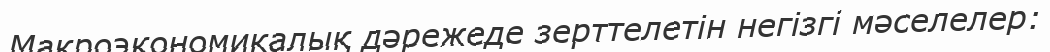
Макроэкономикалық дәрежеде зерттелетін негізгі мәселелер: